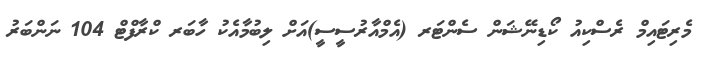
މެރިޓައިމް ރެސްކިއު ކޯޑިނޭޝަން ސެންޓަރ (އެމްއާރުސީސީ)އަށް ލިބުމާއެކު ހާބަރ ކްރާފްޓް 104 ނަންބަރު